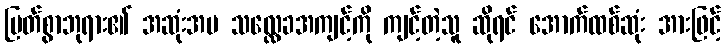
မြတ်စွာဘုရား၏ အဆုံးအမ သလ္လေခအကျင့်ကို ကျင့်တဲ့သူ ဆိုရင် အောက်ထစ်ဆုံး အားဖြင့်